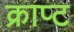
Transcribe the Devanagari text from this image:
क्राप्ट